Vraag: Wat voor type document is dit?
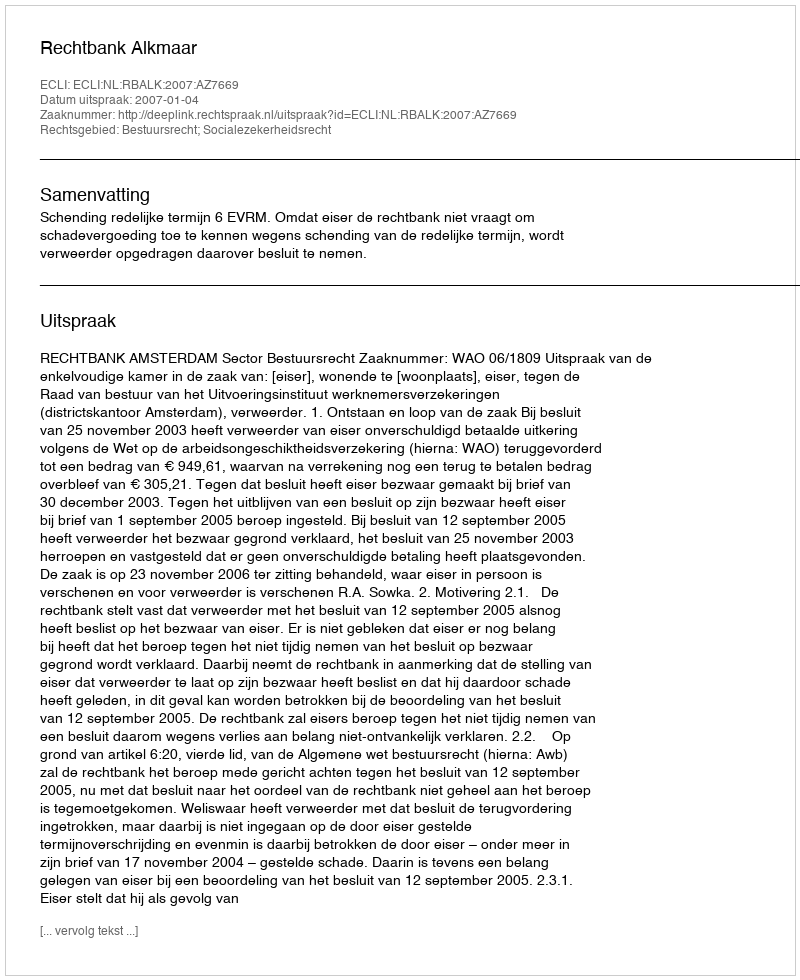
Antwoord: Uitspraak